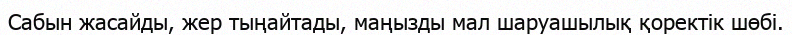
Сабын жасайды, жер тыңайтады, маңызды мал шаруашылық қоректік шөбі.